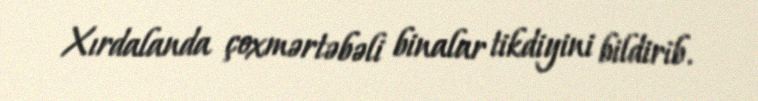
Xırdalanda çoxmərtəbəli binalar tikdiyini bildirib.